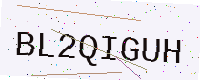
Text: BL2QIGUH